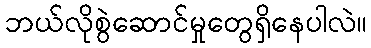
ဘယ်လိုစွဲဆောင်မှုတွေရှိနေပါလဲ။